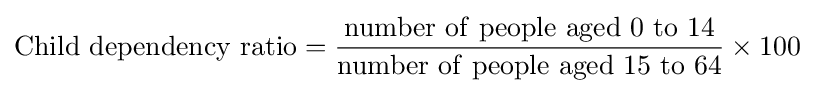
\mathrm {Child\ dependency\ ratio} ={\frac {\mathrm {number\ of\ people\ aged\ 0\ to\ 14} }{\mathrm {number\ of\ people\ aged\ 15\ to\ 64} }}\times 100